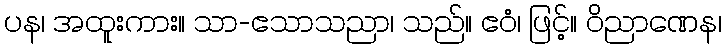
ပန၊ အထူးကား။ သာ-ဧသာသညာ၊ သည်။ ဧဝံ၊ ဖြင့်။ ဝိညာဏေန၊